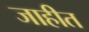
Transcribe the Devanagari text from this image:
जाहीत